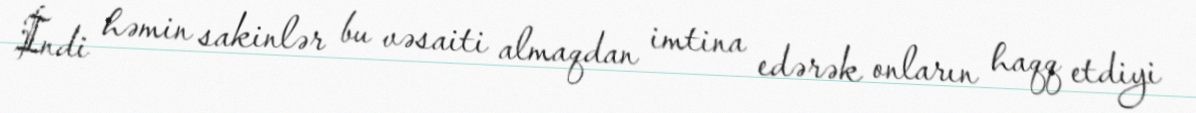
İndi həmin sakinlər bu vəsaiti almaqdan imtina edərək onların haqq etdiyi